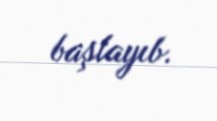
başlayıb.